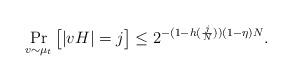
LaTeX: \begin{align*} \Pr_{v\sim\mu_t}\big[|vH|=j \big]\leq 2^{-(1-h(\frac{j}{N}))(1-\eta) N}.\end{align*}